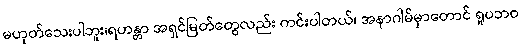
မဟုတ်သေးပါဘူး၊ရဟန္တာ အရှင်မြတ်တွေလည်း ကင်းပါတယ်၊ အနာဂါမ်မှာတောင် ရူပဘဝ